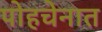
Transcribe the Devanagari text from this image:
पोहचेनात